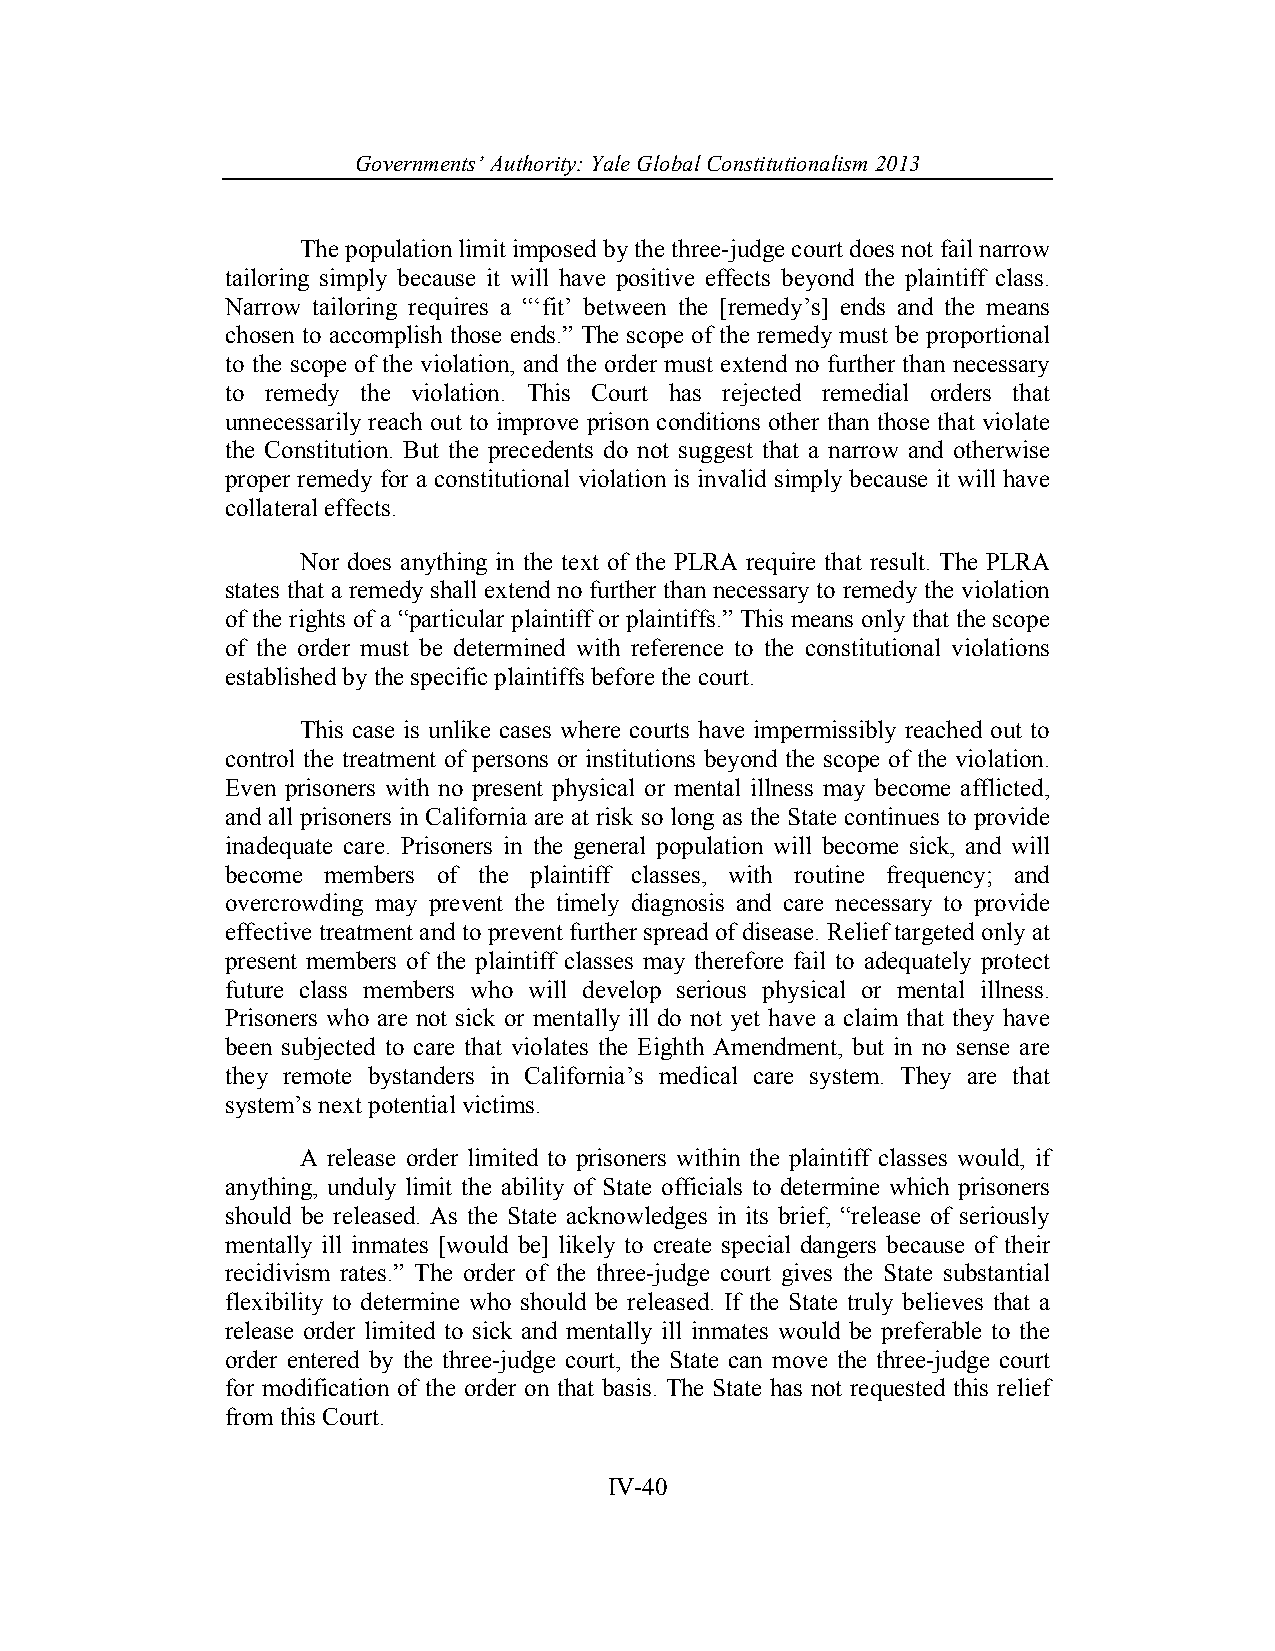
Governments’ Authority: Yale Global Constitutionalism 2013
 The population limit imposed by the three-judge court does not fail narrow
 tailoring simply because it will have positive effects beyond the plaintiff class.
 Narrow tailoring requires a “‘fit’ between the [remedy’s] ends and the means
 chosen to accomplish those ends.” The scope of the remedy must be proportional
 to the scope of the violation, and the order must extend no further than necessary
 to remedy the violation. This Court has rejected remedial orders that
 unnecessarily reach out to improve prison conditions other than those that violate
 the Constitution. But the precedents do not suggest that a narrow and otherwise
 proper remedy for a constitutional violation is invalid simply because it will have
 collateral effects.
 Nor does anything in the text of the PLRA require that result. The PLRA
 states that a remedy shall extend no further than necessary to remedy the violation
 of the rights of a “particular plaintiff or plaintiffs.” This means only that the scope
 of the order must be determined with reference to the constitutional violations
 established by the specific plaintiffs before the court.
 This case is unlike cases where courts have impermissibly reached out to
 control the treatment of persons or institutions beyond the scope of the violation.
 Even prisoners with no present physical or mental illness may become afflicted,
 and all prisoners in California are at risk so long as the State continues to provide
 inadequate care. Prisoners in the general population will become sick, and will
 become members of the plaintiff classes, with routine frequency; and
 overcrowding may prevent the timely diagnosis and care necessary to provide
 effective treatment and to prevent further spread of disease. Relief targeted only at
 present members of the plaintiff classes may therefore fail to adequately protect
 future class members who will develop serious physical or mental illness.
 Prisoners who are not sick or mentally ill do not yet have a claim that they have
 been subjected to care that violates the Eighth Amendment, but in no sense are
 they remote bystanders in California’s medical care system. They are that
 system’s next potential victims.
 A release order limited to prisoners within the plaintiff classes would, if
 anything, unduly limit the ability of State officials to determine which prisoners
 should be released. As the State acknowledges in its brief, “release of seriously
 mentally ill inmates [would be] likely to create special dangers because of their
 recidivism rates.” The order of the three-judge court gives the State substantial
 flexibility to determine who should be released. If the State truly believes that a
 release order limited to sick and mentally ill inmates would be preferable to the
 order entered by the three-judge court, the State can move the three-judge court
 for modification of the order on that basis. The State has not requested this relief
 from this Court.
 IV-40